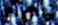
خطيبته